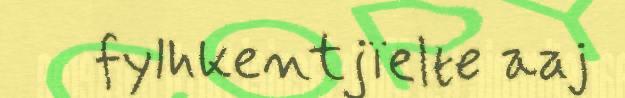
fylhkentjïelte aaj